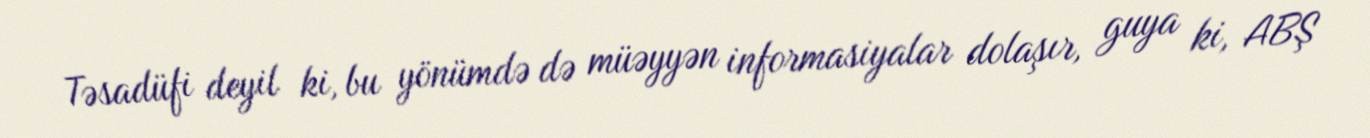
Təsadüfi deyil ki, bu yönümdə də müəyyən informasiyalar dolaşır, guya ki, ABŞ